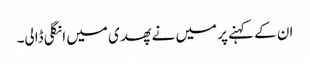
ان کے کہنے پر میں نے پھدی میں انگلی ڈالی۔